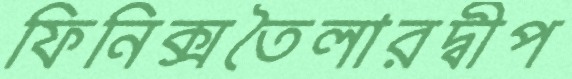
ফিনিক্সতৈলারদ্বীপ